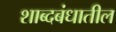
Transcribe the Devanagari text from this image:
शाब्दबंधातील